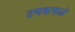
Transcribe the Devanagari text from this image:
टणकफळे